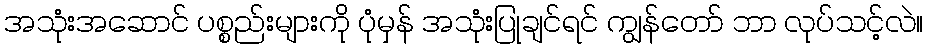
အသုံးအဆောင် ပစ္စည်းများကို ပုံမှန် အသုံးပြုချင်ရင် ကျွန်တော် ဘာ လုပ်သင့်လဲ။